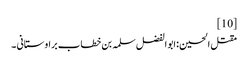
[10]
مقتل الحسین :ابو الفضل سلمہ بن خطاب براوستانی ۔